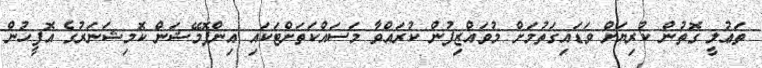
ތަޢުލީ ގޮތުން ކުރިޔަށް ވަޑައިގަތުމަށް މުވައްޒިފުން ކުރައްވާ މަސައްކަތަށްޓަކައި އިންފޮމޭޝަން ކޮމިޝަނަރުގެ އޮފީހުން